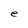
Character: e